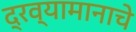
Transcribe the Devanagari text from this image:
द्रव्यामानाचे